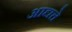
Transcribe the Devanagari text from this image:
आद्यत्ते